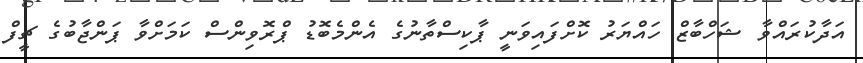
އަދާކުރައްވާ ޝަހްބާޒް ހައްޔަރު ކޮށްފައިވަނީ ޕާކިސްތާނުގެ އެންމެބޮޑު ޕްރޮވިންސް ކަމަށްވާ ޕަންޖާބުގެ ޗީފް